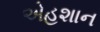
એહશાન